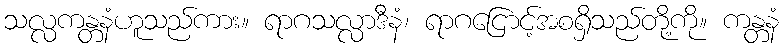
သလ္လကန္တနံဟူသည်ကား။ ရာဂသလ္လာဒီနံ၊ ရာဂငြောင့်အစရှိသည်တို့ကို။ ကန္တနံ